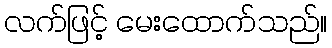
လက်ဖြင့် မေးထောက်သည်။